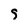
Character: 9